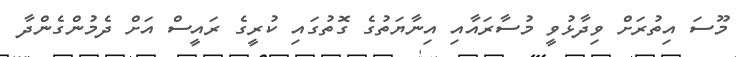
މޫސަ އިތުރަށް ވިދާޅުވީ މުސާރައާއި އިނާޔަތުގެ ގޮތުގައި ކުރީގެ ރައީސް އަށް ދެމުންގެންދާ